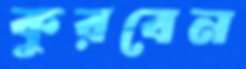
কুরবেন